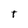
Character: t